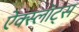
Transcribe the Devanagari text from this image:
ऐक्स्लॉट्स